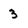
Character: 3